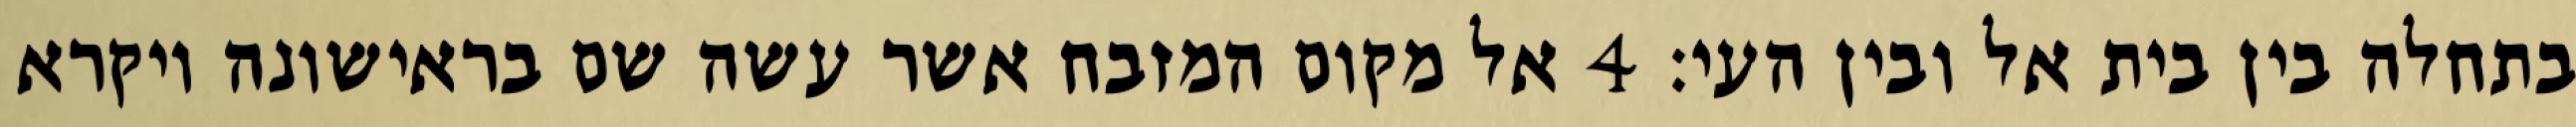
בתחלה בין בית אל ובין העי׃ ‎4‏ אל מקום המזבח אשר עשה שם בראישונה ויקרא